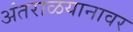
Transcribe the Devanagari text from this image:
अंतराळयानावर